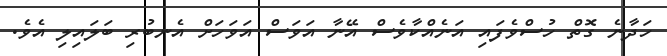
ހަދާނެ ގޮތް ހުސްވެފައި އަނެއްކާވެސް އޭނާ އަވަސް އަވަހަށް އެނބުރި ބަލައިލި އެވެ.